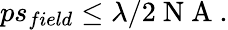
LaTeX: \begin{array}{r}{ps_{field}\leq\lambda/2\mathrm{~N~A~}.}\end{array}